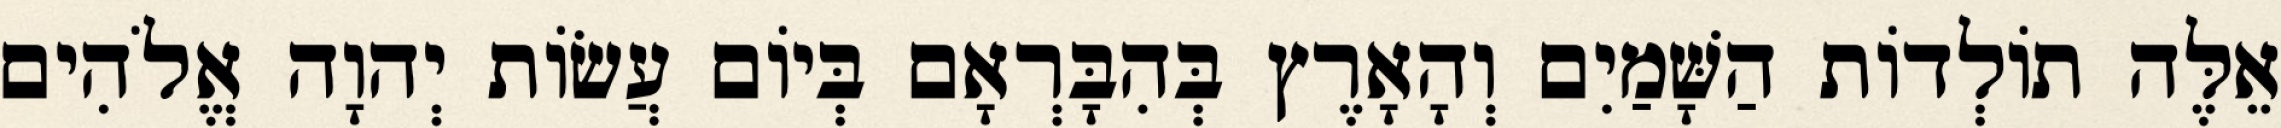
אֵלֶּה תֹולְדֹות הַשָּׁמַיִם וְהָאָרֶץ בְּהִבָּרְאָם בְּיֹום עֲשֹׂות יְהוָה אֱלֹהִים